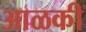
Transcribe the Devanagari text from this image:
आळकी